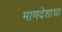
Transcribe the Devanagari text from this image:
माणदेशाचा